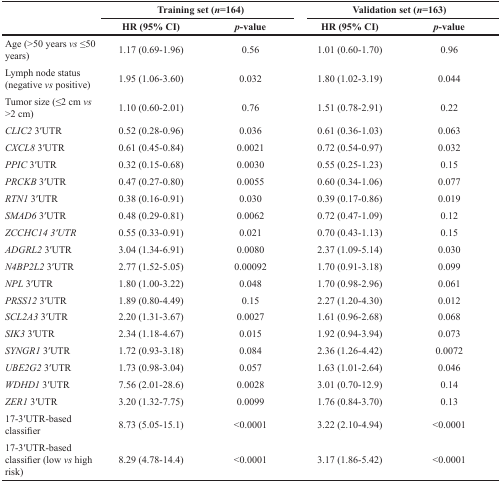
<table><thead><tr><td rowspan="2"></td><td colspan="2"><b>Training set (<i>n</i>=164)</b></td><td colspan="2"><b>Validation set (<i>n</i>=163)</b></td></tr><tr><td><b>HR (95% CI)</b></td><td><b><i>p</i>-value</b></td><td><b>HR (95% CI)</b></td><td><b><i>p</i>-value</b></td></tr></thead><tbody><tr><td>Age (&gt;50 years <i>vs</i> ≤50 years)</td><td>1.17 (0.69-1.96)</td><td>0.56</td><td>1.01 (0.60-1.70)</td><td>0.96</td></tr><tr><td>Lymph node status (negative <i>vs</i> positive)</td><td>1.95 (1.06-3.60)</td><td>0.032</td><td>1.80 (1.02-3.19)</td><td>0.044</td></tr><tr><td>Tumor size (≤2 cm <i>vs</i> &gt;2 cm)</td><td>1.10 (0.60-2.01)</td><td>0.76</td><td>1.51 (0.78-2.91)</td><td>0.22</td></tr><tr><td><i>CLIC2</i> 3′UTR</td><td>0.52 (0.28-0.96)</td><td>0.036</td><td>0.61 (0.36-1.03)</td><td>0.063</td></tr><tr><td><i>CXCL8</i> 3′UTR</td><td>0.61 (0.45-0.84)</td><td>0.0021</td><td>0.72 (0.54-0.97)</td><td>0.032</td></tr><tr><td><i>PPIC</i> 3′UTR</td><td>0.32 (0.15-0.68)</td><td>0.0030</td><td>0.55 (0.25-1.23)</td><td>0.15</td></tr><tr><td><i>PRCKB</i> 3′UTR</td><td>0.47 (0.27-0.80)</td><td>0.0055</td><td>0.60 (0.34-1.06)</td><td>0.077</td></tr><tr><td><i>RTN1</i> 3′UTR</td><td>0.38 (0.16-0.91)</td><td>0.030</td><td>0.39 (0.17-0.86)</td><td>0.019</td></tr><tr><td><i>SMAD6</i> 3′UTR</td><td>0.48 (0.29-0.81)</td><td>0.0062</td><td>0.72 (0.47-1.09)</td><td>0.12</td></tr><tr><td><i>ZCCHC14</i> 3′UTR</td><td>0.55 (0.33-0.91)</td><td>0.021</td><td>0.70 (0.43-1.13)</td><td>0.15</td></tr><tr><td><i>ADGRL2</i> 3′UTR</td><td>3.04 (1.34-6.91)</td><td>0.0080</td><td>2.37 (1.09-5.14)</td><td>0.030</td></tr><tr><td><i>N4BP2L2</i> 3′UTR</td><td>2.77 (1.52-5.05)</td><td>0.00092</td><td>1.70 (0.91-3.18)</td><td>0.099</td></tr><tr><td><i>NPL</i> 3′UTR</td><td>1.80 (1.00-3.22)</td><td>0.048</td><td>1.70 (0.98-2.96)</td><td>0.061</td></tr><tr><td><i>PRSS12</i> 3′UTR</td><td>1.89 (0.80-4.49)</td><td>0.15</td><td>2.27 (1.20-4.30)</td><td>0.012</td></tr><tr><td><i>SCL2A3</i> 3′UTR</td><td>2.20 (1.31-3.67)</td><td>0.0027</td><td>1.61 (0.96-2.68)</td><td>0.068</td></tr><tr><td><i>SIK3</i> 3′UTR</td><td>2.34 (1.18-4.67)</td><td>0.015</td><td>1.92 (0.94-3.94)</td><td>0.073</td></tr><tr><td><i>SYNGR1</i> 3′UTR</td><td>1.72 (0.93-3.18)</td><td>0.084</td><td>2.36 (1.26-4.42)</td><td>0.0072</td></tr><tr><td><i>UBE2G2</i> 3′UTR</td><td>1.73 (0.98-3.04)</td><td>0.057</td><td>1.63 (1.01-2.64)</td><td>0.046</td></tr><tr><td><i>WDHD1</i> 3′UTR</td><td>7.56 (2.01-28.6)</td><td>0.0028</td><td>3.01 (0.70-12.9)</td><td>0.14</td></tr><tr><td><i>ZER1</i> 3′UTR</td><td>3.20 (1.32-7.75)</td><td>0.0099</td><td>1.76 (0.84-3.70)</td><td>0.13</td></tr><tr><td>17-3′UTR-based classifier</td><td>8.73 (5.05-15.1)</td><td>&lt;0.0001</td><td>3.22 (2.10-4.94)</td><td>&lt;0.0001</td></tr><tr><td>17-3′UTR-based classifier (low <i>vs</i> high risk)</td><td>8.29 (4.78-14.4)</td><td>&lt;0.0001</td><td>3.17 (1.86-5.42)</td><td>&lt;0.0001</td></tr></tbody></table>